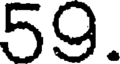
59.